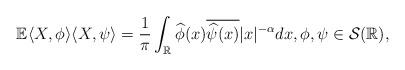
LaTeX: \begin{align*}\mathbb{E} \langle X,\phi \rangle \langle X,\psi \rangle=\frac{1}{\pi}\int_\mathbb{R}\widehat{\phi}(x)\overline{\widehat{\psi}(x)}|x|^{-\alpha}dx,\phi,\psi \in \mathcal{S}(\mathbb{R}),\end{align*}